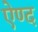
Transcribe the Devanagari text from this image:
ऐण्द